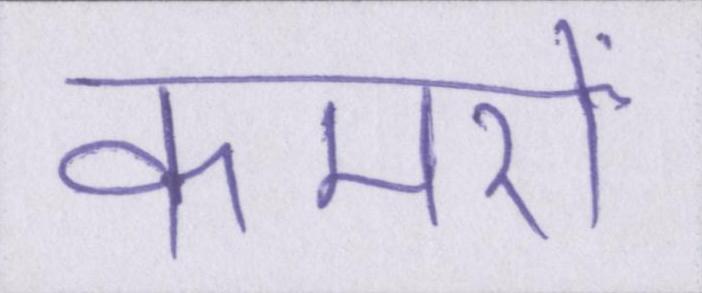
कमरों